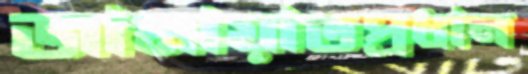
জামায়াতপ্রধান